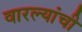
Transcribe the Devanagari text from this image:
वारल्यांची